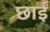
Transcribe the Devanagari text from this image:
छाईं